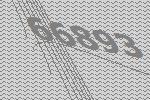
66893